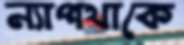
ন্যাপথাকে